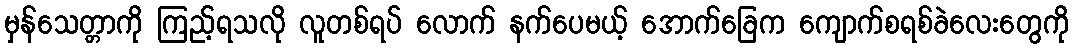
မှန်သေတ္တာကို ကြည့်ရသလို လူတစ်ရပ် လောက် နက်ပေမယ့် အောက်ခြေက ကျောက်စရစ်ခဲလေးတွေကို